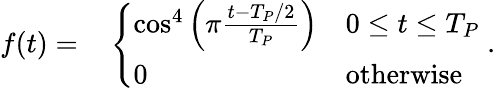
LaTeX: \begin{array}{rl}{f(t)=}&{{}\left\{ \begin{array}{ll}{\cos^{4}\left(\pi\frac{t-T_{P}/2}{T_{P}}\right)}&{0\leq t\leq T_{P}}\\ {0}&{\mathrm{otherwise}}\end{array}\right.\; .}\end{array}